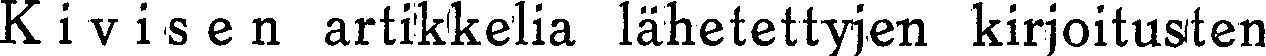
Kivisen artikkelia lähetettyjen kirjoitusten